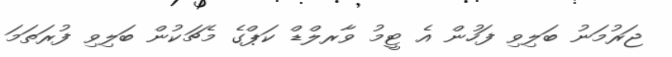
ޖަރުމަނު ބަލިވި ފަހުން އެ ޓީމު ވާރލްޑް ކަޕްގެ މެޗަކުން ބަލިވި ފުރަތަމަ